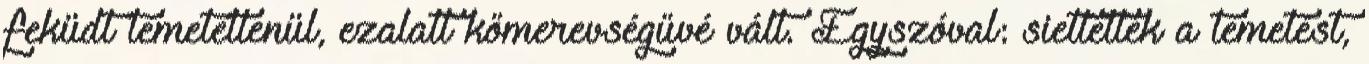
feküdt temetetlenül, ezalatt kőmerevségűvé vált. Egyszóval: siettették a temetést,